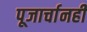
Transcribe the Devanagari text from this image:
पूजार्चानहीं